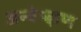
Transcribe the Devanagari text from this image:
अन्वेष्ज्ञण